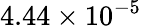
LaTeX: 4.44\times 10^{-5}